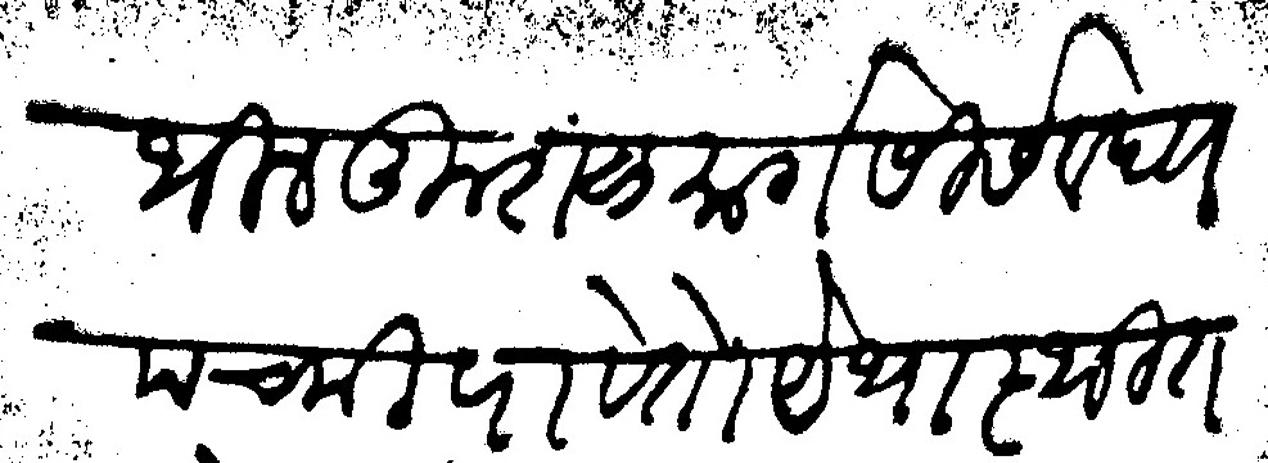
Transliteration (Devanagari): थील कुशळ मार्गसीर्स वद्य पचमीपावेतो येथास्थित